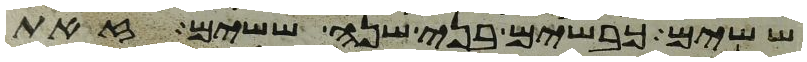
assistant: ששים כבשים בני שנה ששים זאת